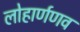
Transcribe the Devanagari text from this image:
लोहार्णणव